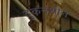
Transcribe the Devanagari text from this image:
दुकनशीन